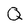
Character: Q